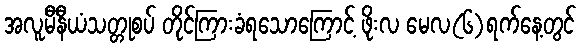
အလူမီနီယံသတ္တုစပ် တိုင်ကြားခံရသောကြောင့် ဖိုးလ မေလ(၆)ရက်နေ့တွင်